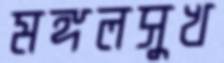
মঙ্গলসুখ